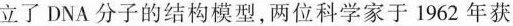
立了DNA分子的结构模型，两位科学家于1962年获